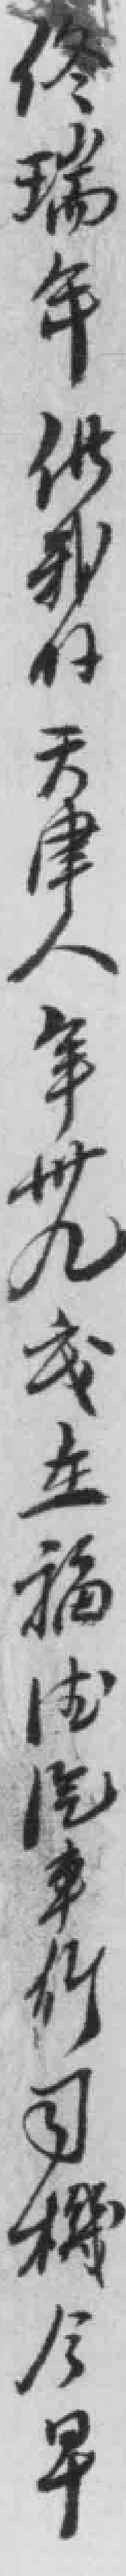
佟瑞年供我係天津人年卅九嵗在福法汽车行司機今早